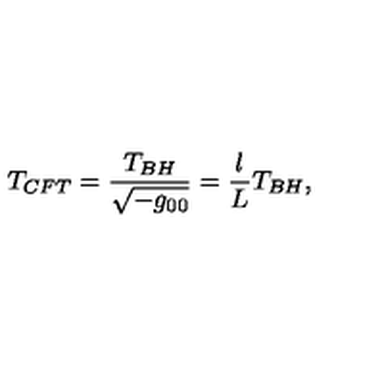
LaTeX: T _ { C F T } = \frac { T _ { B H } } { \sqrt { - g _ { 0 0 } } } = \frac { l } { L } T _ { B H } ,